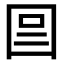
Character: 𡇉